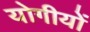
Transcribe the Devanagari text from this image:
योगीयों